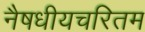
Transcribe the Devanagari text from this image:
नैषधीयचरितम